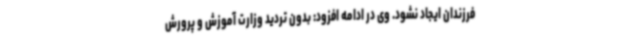
فرزندان ایجاد نشود. وی در ادامه افزود: بدون تردید وزارت آموزش‌ و پرورش